Report of the Bombay Veterinary College
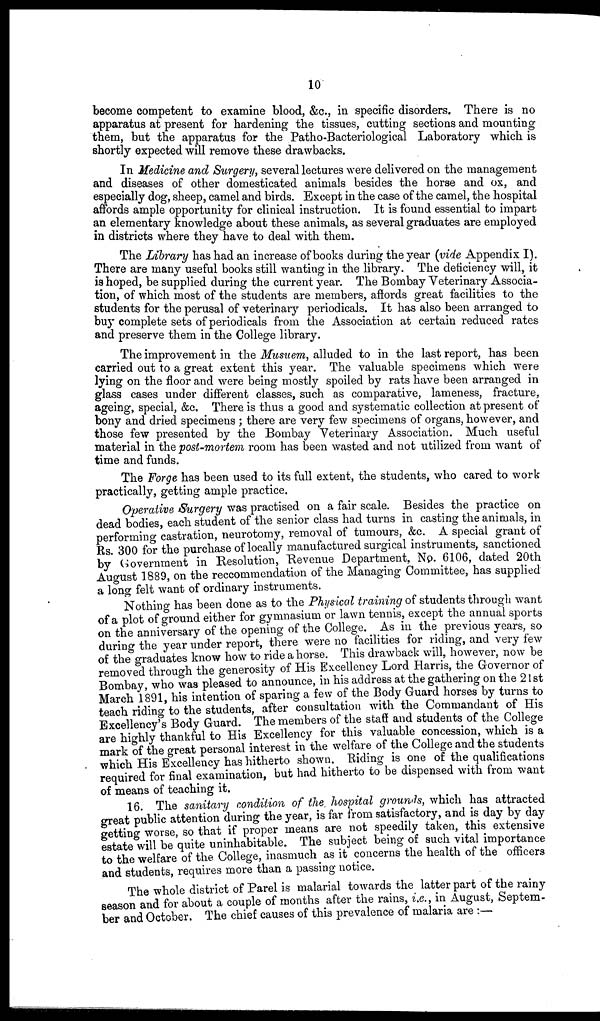
10
become competent to examine blood, &c., in specific disorders. There is no
apparatus at present for hardening the tissues, cutting sections and mounting
them, but the apparatus for the Patho-Bacteriological Laboratory which is
shortly expected will remove these drawbacks.
In Medicine and Surgery, several lectures were delivered on the management
and diseases of other domesticated animals besides the horse and ox, and
especially dog, sheep, camel and birds. Except in the case of the camel, the hospital
affords ample opportunity for clinical instruction. It is found essential to impart
an elementary knowledge about these animals, as several graduates are employed
in districts where they have to deal with them.
The Library has had an increase of books during the year (vide Appendix I).
There are many useful books still wanting in the library. The deficiency will, it
is hoped, be supplied during the current year. The Bombay Veterinary Associa-
tion, of which most of the students are members, affords great facilities to the
students for the perusal of veterinary periodicals. It has also been arranged to
buy complete sets of periodicals from the Association at certain reduced rates
and preserve them in the College library.
The improvement in the Musuem, alluded to in the last report, has been
carried out to a great extent this year. The valuable specimens which were
lying on the floor and were being mostly spoiled by rats have been arranged in
glass cases under different classes, such as comparative, lameness, fracture,
ageing, special, &c. There is thus a good and systematic collection at present of
bony and dried specimens ; there are very few specimens of organs, however, and
those few presented by the Bombay Veterinary Association. Much useful
material in the post-mortem room has been wasted and not utilized from want of
time and funds.
The Forge has been used to its full extent, the students, who cared to work
practically, getting ample practice.
Operative Surgery was practised on a fair scale. Besides the practice on
dead bodies, each student of the senior class had turns in casting the animals, in
performing castration, neurotomy, removal of tumours, &c. A special grant of
Rs. 300 for the purchase of locally manufactured surgical instruments, sanctioned
by Government in Resolution, Revenue Department, No. 6106, dated 20th
August 1889, on the reccommendation of the Managing Committee, has supplied
a long felt want of ordinary instruments.
Nothing has been done as to the Physical training of students through want
of a plot of ground either for gymnasium or lawn tennis, except the annual sports
on the anniversary of the opening of the College. As in the previous years, so
during the year under report, there were no facilities for riding, and very few
of the graduates know how to ride a horse. This drawback will, however, now be
removed through the generosity of His Excellency Lord Harris, the Governor of
Bombay, who was pleased to announce, in his address at the gathering on the 21st
March 1891, his intention of sparing a few of the Body Guard horses by turns to
teach riding to the students, after consultation with the Commandant of His
Excellency's Body Guard. The members of the staff and students of the College
are highly thankful to His Excellency for this valuable concession, which is a
mark of the great personal interest in the welfare of the College and the students
which His Excellency has hitherto shown. Riding is one of the qualifications
required for final examination, but had hitherto to be dispensed with from want
of means of teaching it.
16. The sanitary condition of the hospital grounds, which has attracted
great public attention during the year, is far from satisfactory, and is day by day
getting worse, so that if proper means are not speedily taken, this extensive
estate will be quite uninhabitable. The subject being of such vital importance
to the welfare of the College, inasmuch as it concerns the health of the officers
and students, requires more than a passing notice.
The whole district of Parel is malarial towards the latter part of the rainy
season and for about a couple of months after the rains, i.e., in August, Septem-
ber and October. The chief causes of this prevalence of malaria are :—